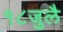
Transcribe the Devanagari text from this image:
१८जुलै